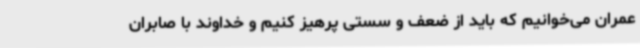
عمران می‌خوانیم که باید از ضعف و سستی پرهیز کنیم و خداوند با صابران